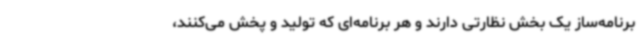
برنامه‌ساز یک بخش نظارتی دارند و هر برنامه‌ای که تولید و پخش می‌کنند،